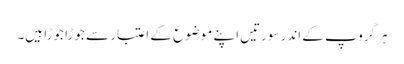
ہر گروپ کے اندر سورتیں اپنے موضوع کے اعتبار سے جوڑا جوڑا ہیں۔